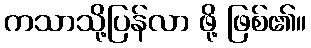
ကသာသို့ပြန်လာ ဖို့ ဖြစ်၏။